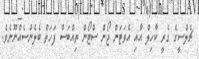
ޗެލްސީގެ ގެރީ ކާހިލް އާއި އެވަޓަން ޖޯން ސްޓޯން ތިއްބަސް ފަހަތް ބެލެންސެއްނޫނެވެ.